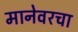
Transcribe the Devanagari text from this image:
मानेवरचा